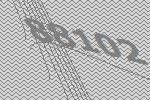
88102